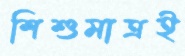
শিশুমাত্রই